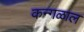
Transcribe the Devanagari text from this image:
कन्गळाल